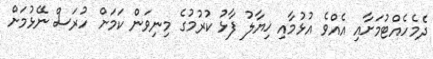
ދެމެހެއްޓުމަށާއި އެއްވެ އުޅުމާއި ޚިޔާލު ފާޅު ކުރުމުގެ މިނިވަން ކަމަށް ހުރަސް ނޭޅުމަށް